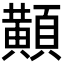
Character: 𪏔